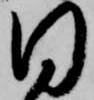
同